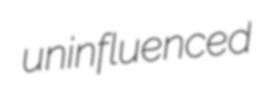
uninfluenced